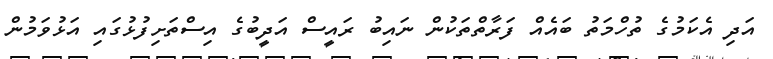
އަދި އެކަމުގެ ތުހްމަތު ބައެއް ފަރާތްތަކުން ނައިބު ރައީސް އަދީބުގެ އިސްތަށިފުޅުގައި އަޅުވަމުން